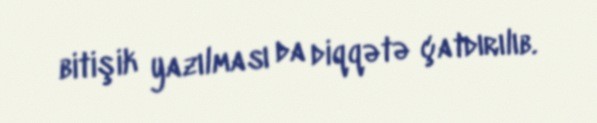
bitişik yazılması da diqqətə çatdırılıb.